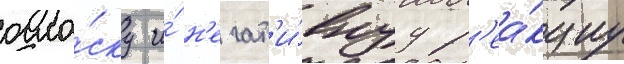
огла́ску и́ н'егат'и́внуу р'еа́кциу